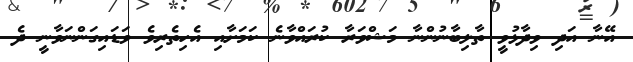
އޭނާ އަދި ވިދާޅުވީ ތާލިބާނުންނާ މަޝްވަރާ ކުރައްވާނެ ކަމަށާއި އެހިތެރިވެ ވަޑައިގަންނަވާނީ ދެ